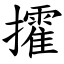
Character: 攉